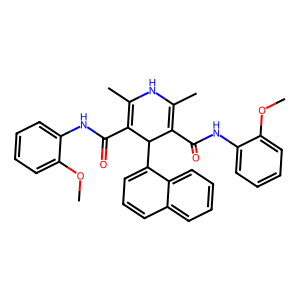
SMILES: COc1ccccc1NC(=O)C1=C(C)NC(C)=C(C(=O)Nc2ccccc2OC)C1c1cccc2ccccc12
Inhibits HIV replication: No